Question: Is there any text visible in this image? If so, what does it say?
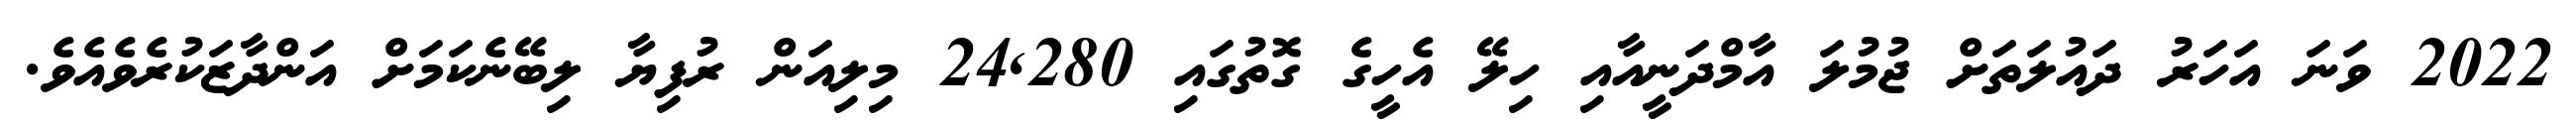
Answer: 2022 ވަނަ އަހަރު ދައުލަތަށް ޖުމުލަ އާމްދަނީއާއި ހިލޭ އެހީގެ ގޮތުގައި 24,280 މިލިއަން ރުފިޔާ ލިބޭނެކަމަށް އަންދާޒަކުރެވެއެވެ.